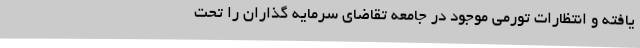
یافته و انتظارات تورمی موجود در جامعه تقاضای سرمایه گذاران را تحت